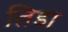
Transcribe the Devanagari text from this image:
तिडा